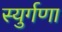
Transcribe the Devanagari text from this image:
स्युर्गणा